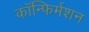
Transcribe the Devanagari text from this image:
कॉन्फिर्मशन